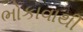
ભોકાવાથી